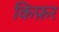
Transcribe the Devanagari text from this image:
किफ़र